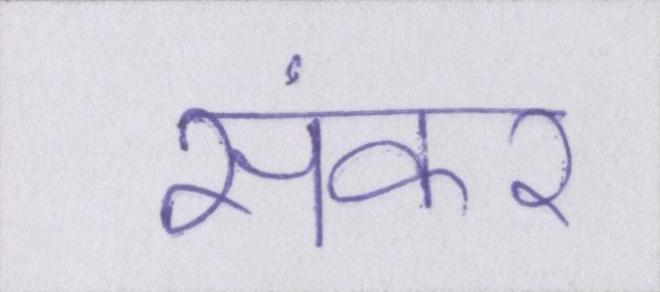
संकर